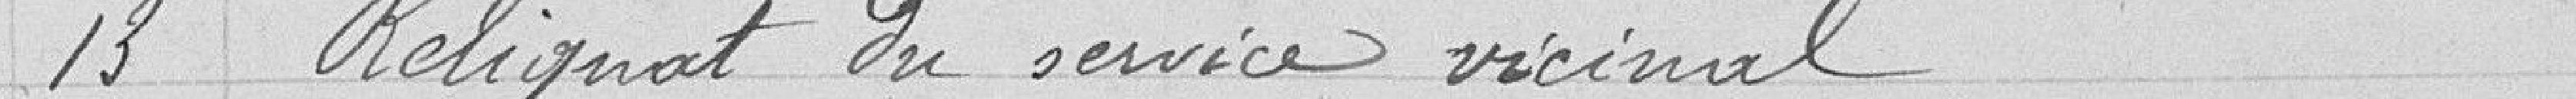
13 Reliquat du service vicinal